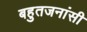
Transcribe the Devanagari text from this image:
बहुतजनांसी